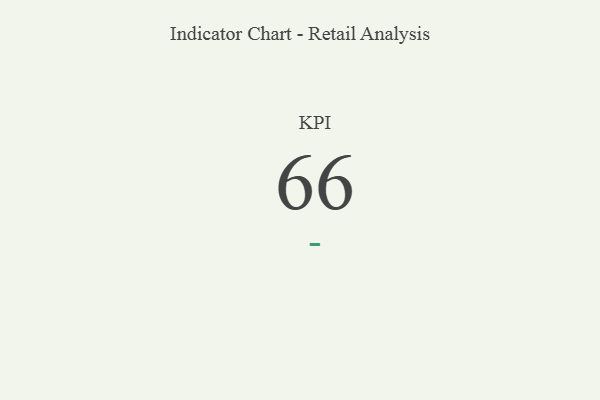
{"axis": {"x": "KPI", "y": "Value"}, "legend": [""], "data": [{"x": "KPI", "y": 66, "type": ""}]}